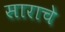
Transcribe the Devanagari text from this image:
साराचे